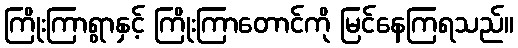
ကြိုးကြာရွာနှင့် ကြိုးကြာတောင်ကို မြင်နေကြရသည်။